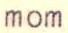
mom